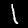
Label: 1